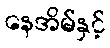
နေအိမ်နှင့်